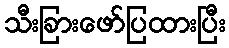
သီးခြားဖော်ပြထားပြီး